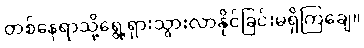
တစ်နေရာသို့ရွေ့ရှားသွားလာနိုင်ခြင်းမရှိကြချေ။